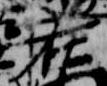
在